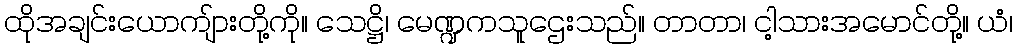
ထိုအချင်းယောကျ်ားတို့ကို။ သေဋ္ဌိ၊ မေဏ္ဍကသူဌေးသည်။ တာတာ၊ ငါ့သားအမောင်တို့။ ယံ၊